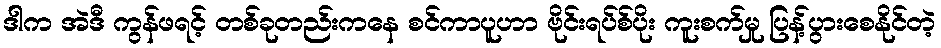
ဒါက အဲဒီ ကွန်ဖရင့် တစ်ခုတည်းကနေ စင်ကာပူဟာ ဗိုင်းရပ်စ်ပိုး ကူးစက်မှု ပြန့်ပွားစေနိုင်တဲ့